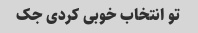
تو انتخاب خوبی کردی جک